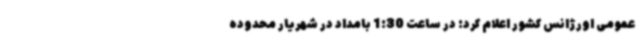
عمومی اورژانس کشور اعلام کرد: در ساعت 1:30 بامداد در شهریار محدوده